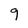
Character: 9